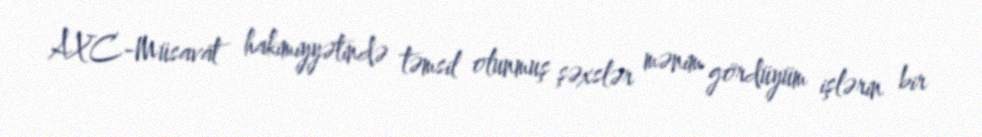
AXC-Müsavat hakimiyyətində təmsil olunmuş şəxslər mənim gördüyüm işlərin bir